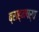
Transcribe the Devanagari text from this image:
ब्राह्मपर्व